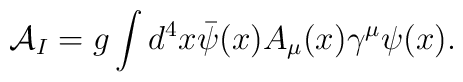
{\cal A}_I = g \int d^4x \bar{\psi}(x) A_\mu(x) \gamma^\mu \psi(x).